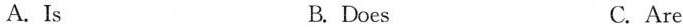
A. Is B.Does C.Are